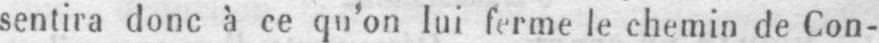
sentira donc à ce qu’on lui ferme le chemin de Con-